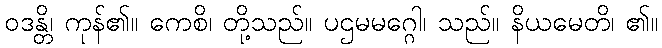
ဝဒန္တိ၊ ကုန်၏။ ကေစိ၊ တို့သည်။ ပဌမမဂ္ဂေါ၊ သည်။ နိယမေတိ၊ ၏။